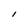
Character: l